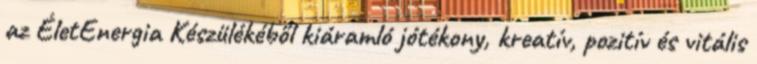
az ÉletEnergia Készülékéből kiáramló jótékony, kreatív, pozitív és vitális